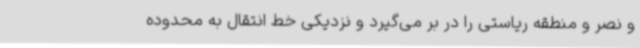
و نصر و منطقه ریاستی را در بر می‌گیرد و نزدیکی خط انتقال به محدوده